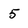
Character: 5